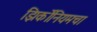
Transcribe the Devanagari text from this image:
झिर्कोनियमचा